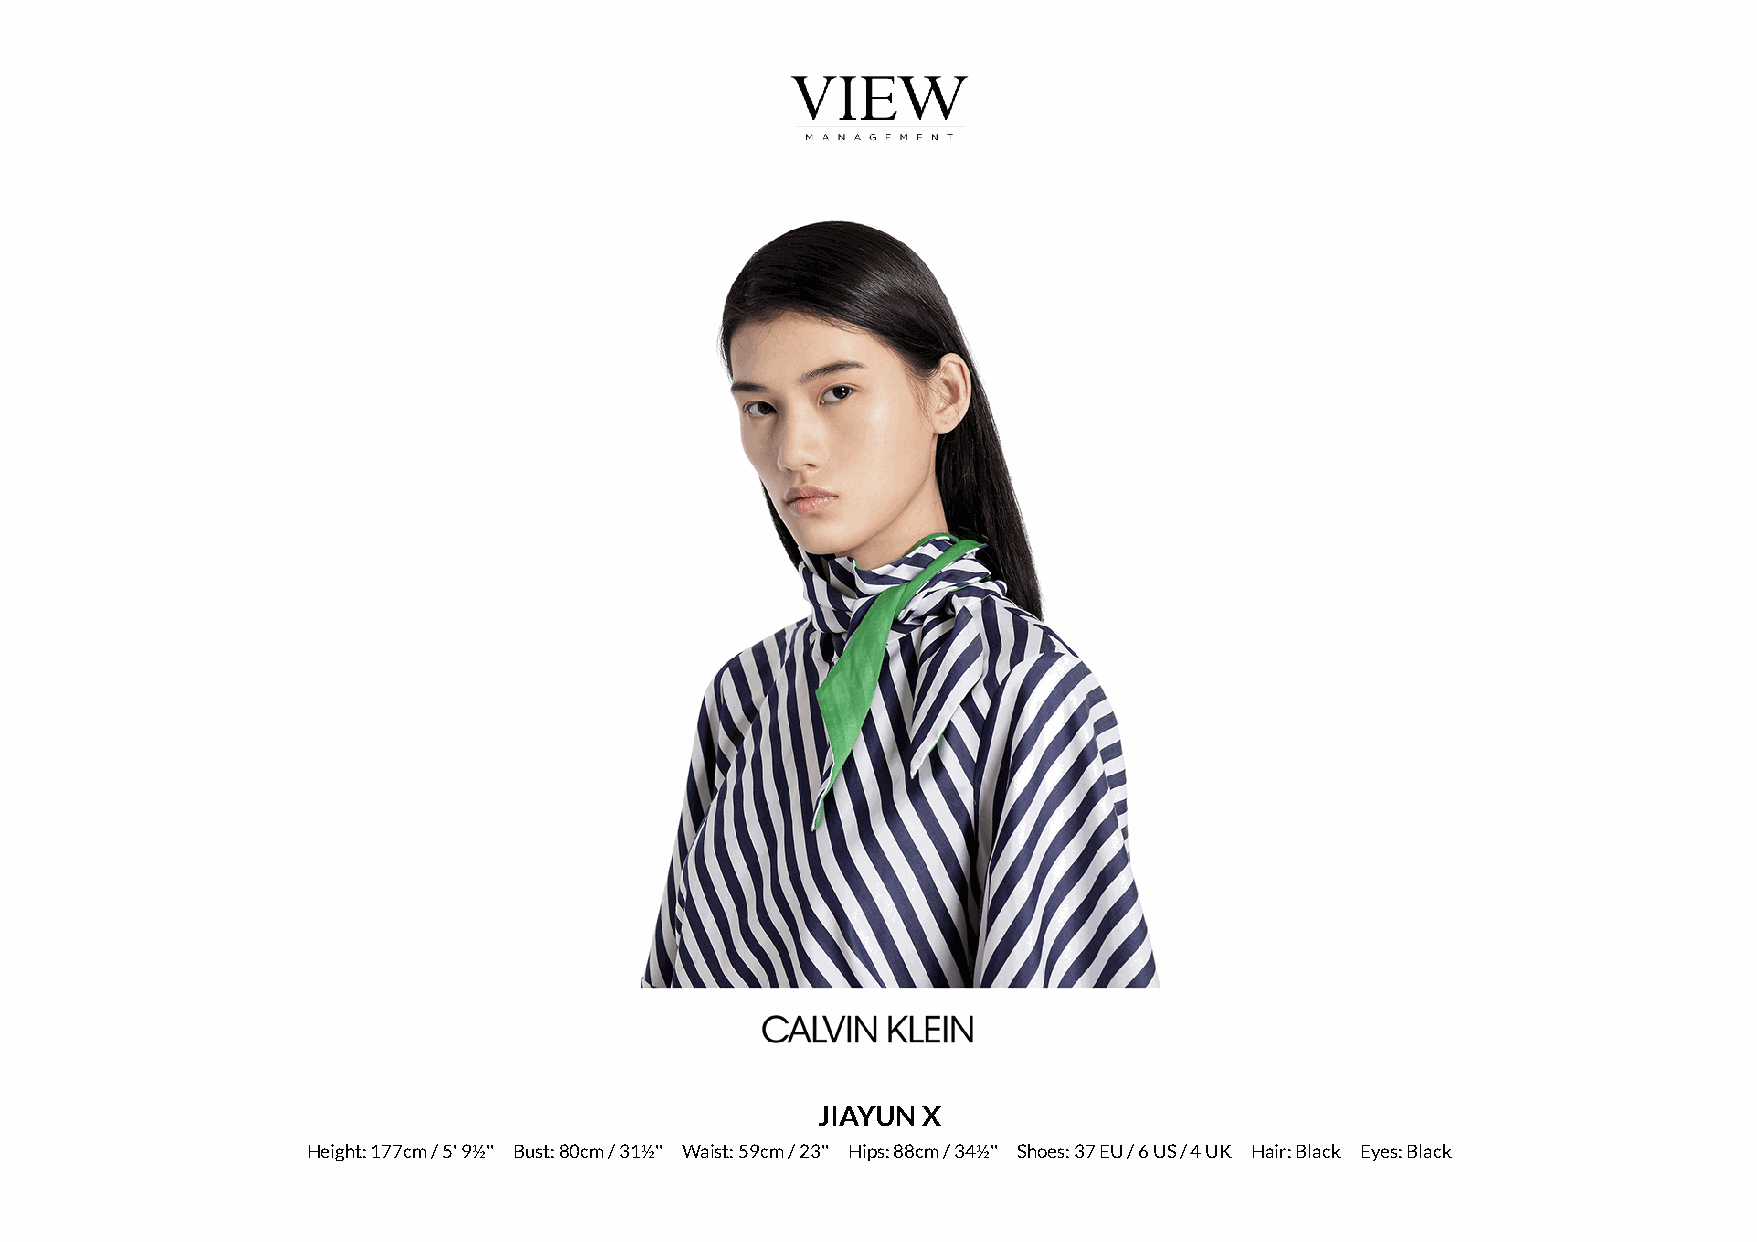
JIAYUN X
 Height: 177cm / 5' 9½'' Bust: 80cm / 31½'' Waist: 59cm / 23'' Hips: 88cm / 34½'' Shoes: 37 EU / 6 US / 4 UK Hair: Black Eyes: Black